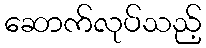
ဆောက်လုပ်သည့်